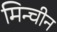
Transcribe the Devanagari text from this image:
मिन्चीन